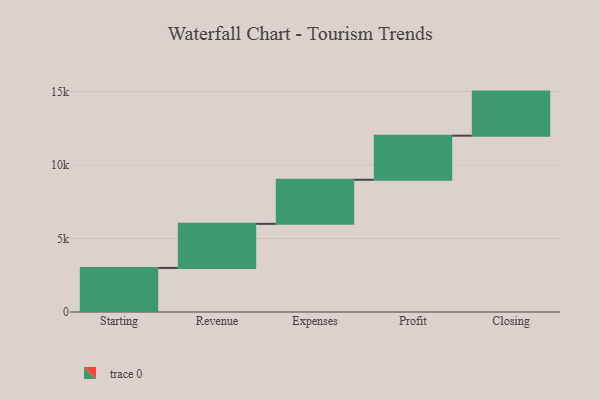
{"axis": {"x": "Step", "y": "Value"}, "legend": [""], "data": [{"x": "Starting", "y": 3000, "type": ""}, {"x": "Revenue", "y": 3000, "type": ""}, {"x": "Expenses", "y": 3000, "type": ""}, {"x": "Profit", "y": 3000, "type": ""}, {"x": "Closing", "y": 3000, "type": ""}]}